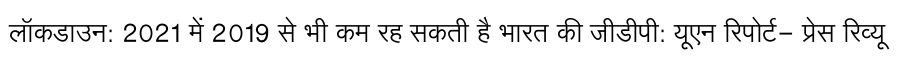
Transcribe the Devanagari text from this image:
लॉकडाउन: 2021 में 2019 से भी कम रह सकती है भारत की जीडीपी: यूएन रिपोर्ट- प्रेस रिव्यू